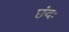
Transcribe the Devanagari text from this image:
छंदः